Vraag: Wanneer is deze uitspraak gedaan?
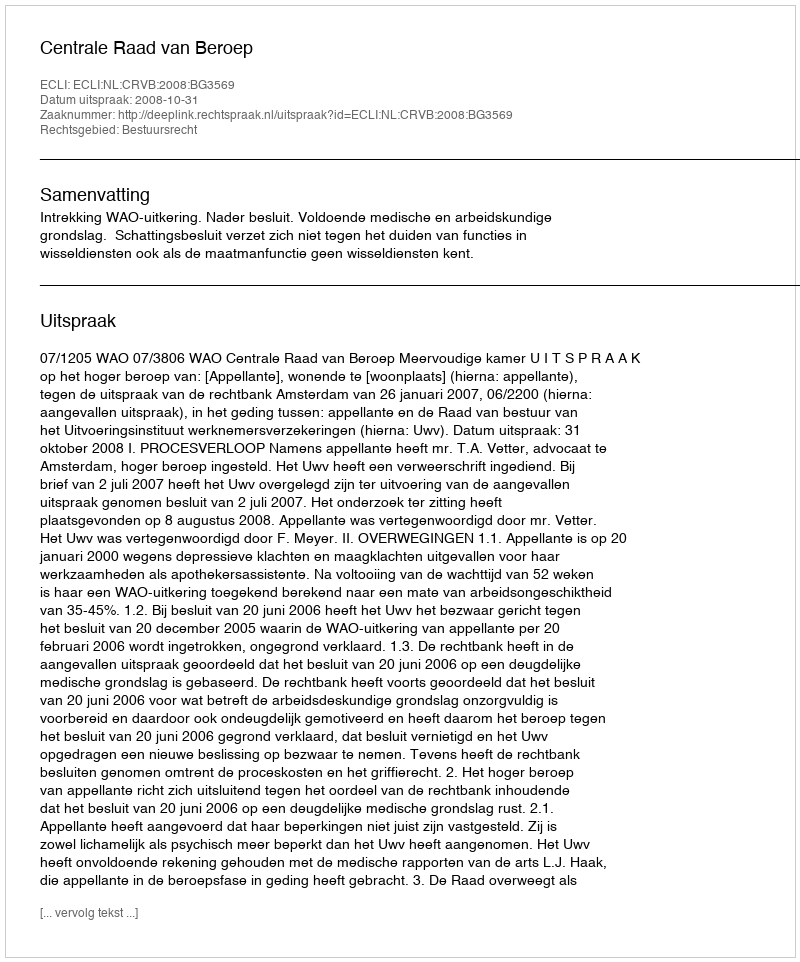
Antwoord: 2008-10-31